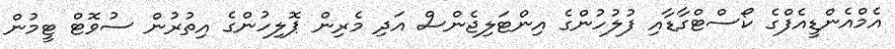
އެމްއެންޑީއެފްގެ ކޯސްޓްގާޑާއި ފުލުހުންގެ އިންޓަލިޖެންސް އަދި މެރިން ޕޮލިހުންގެ އިތުރުން ސުވޮޓް ޓީމުން